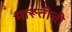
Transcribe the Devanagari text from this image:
मारूतीची